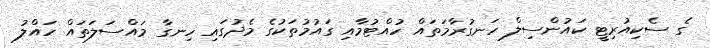
ގެ ސެކިއުރިޓީ ކައުންސިލް ހަނގުރާމަތައް ހުއްޓުމާއި ގައުމުތަކުގެ މެދުގައި ހިނގާ މައްސަލަތައް ހައްލު